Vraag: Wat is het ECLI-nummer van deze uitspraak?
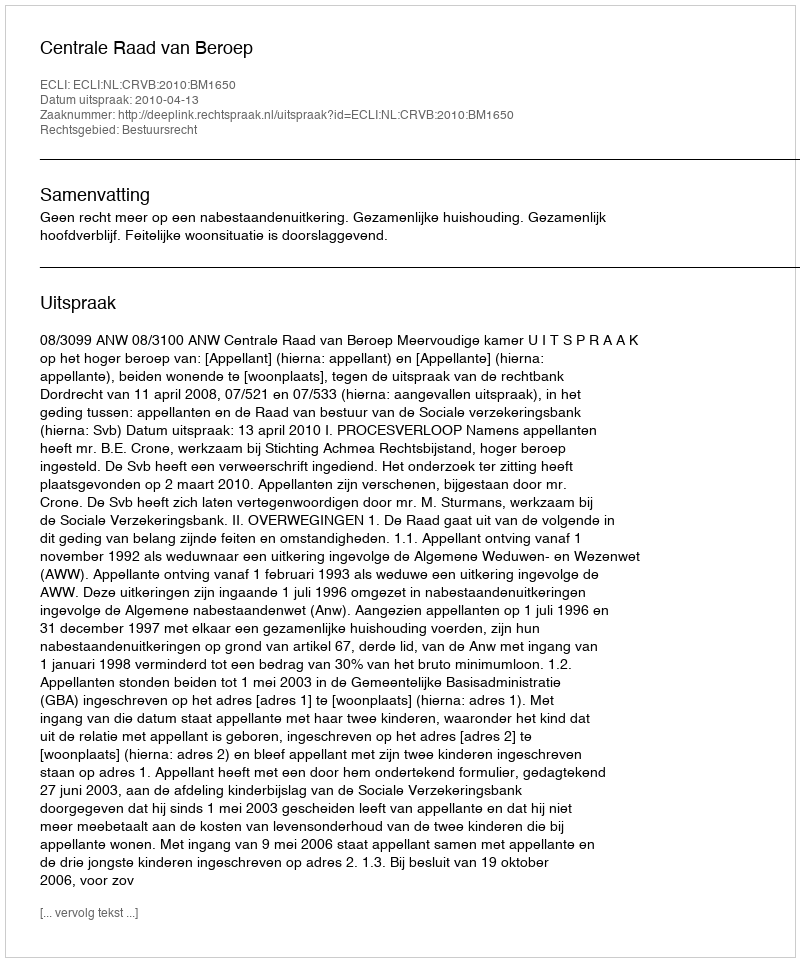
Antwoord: ECLI:NL:CRVB:2010:BM1650